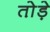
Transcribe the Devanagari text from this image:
तो़ड़े